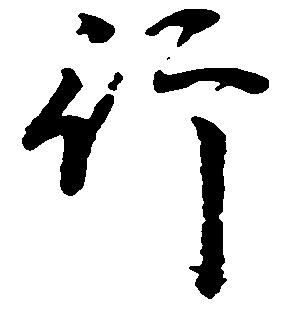
行